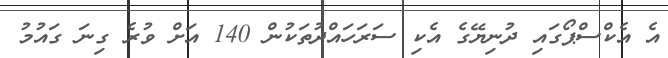
އެ އެކްސްޕޯގައި ދުނިޔޭގެ އެކި ސަރަހައްދުތަކުން 140 އަށް ވުރެ ގިނަ ގައުމު